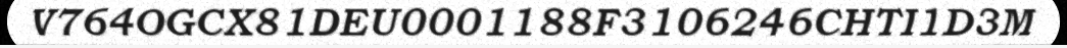
V764OGCX81DEU0001188F3106246CHTI1D3M